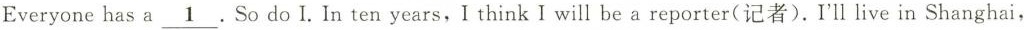
Everyonehas a\underline{ 1}. So do I.In ten years,I think I will be a reporter(记者). I'll live in Shanghai,